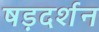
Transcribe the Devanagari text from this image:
षड़दर्शन